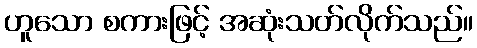
ဟူသော စကားဖြင့် အဆုံးသတ်လိုက်သည်။